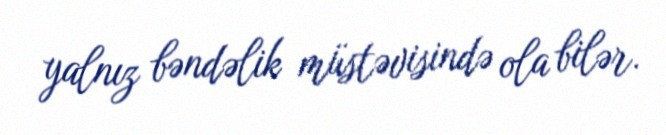
yalnız bəndəlik müstəvisində ola bilər.